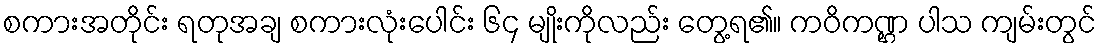
စကားအတိုင်း ရတုအချ စကားလုံးပေါင်း ၆၄ မျိုးကိုလည်း တွေ့ရ၏။ ကဝိကဏ္ဌ ပါသ ကျမ်းတွင်